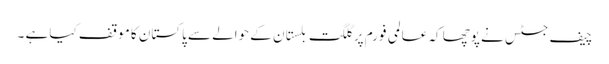
چیف جسٹس نے پوچھا کہ عالمی فورم پر گلگت بلستان کے حوالے سے پاکستان کا موقف کیا ہے ۔